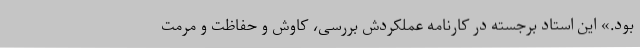
بود.» این استاد برجسته در کارنامه عملکردش بررسی، کاوش و حفاظت و مرمت